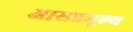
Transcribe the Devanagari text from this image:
आसन्नमूल्य